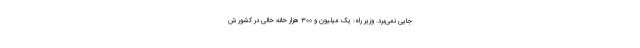
جایی نمی‌برد. وزیر راه: یک‌ میلیون و ۳۰۰ هزار خانه خالی در کشور ش